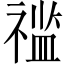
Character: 𱵥